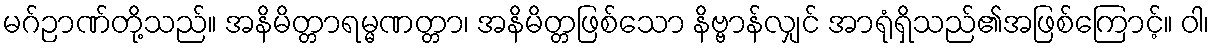
မဂ်ဉာဏ်တို့သည်။ အနိမိတ္တာရမ္မဏတ္တာ၊ အနိမိတ္တဖြစ်သော နိဗ္ဗာန်လျှင် အာရုံရှိသည်၏အဖြစ်ကြောင့်။ ဝါ၊